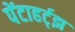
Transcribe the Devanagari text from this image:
पेंटाहर्ट्‌झ